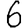
Digit: 6